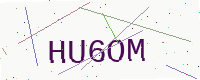
Text: HU6OM